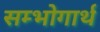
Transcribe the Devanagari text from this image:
सम्भोगार्थ